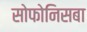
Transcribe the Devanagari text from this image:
सोफोनिसबा